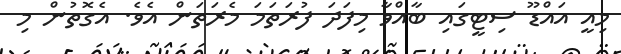
މިއީ އައްޑޫ ސިޓީގައި ބާއްވާ މިފަދަ ފުރަތަމަ މެރަތަން އެވެ. އެގޮތުން މި